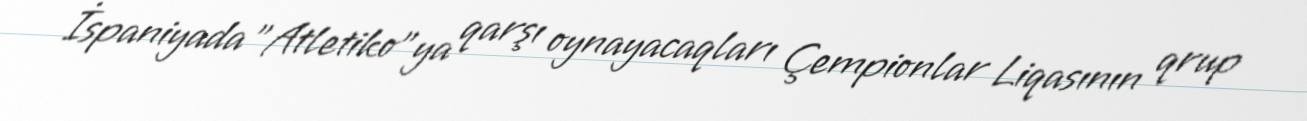
İspaniyada "Atletiko"ya qarşı oynayacaqları Çempionlar Liqasının qrup